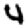
Digit: 4